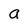
Character: a